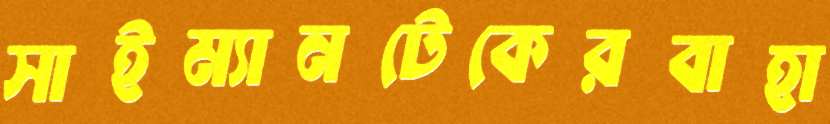
সাইম্যানটেকেরবাহা